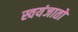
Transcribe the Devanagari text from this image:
स्वयंजातो